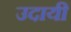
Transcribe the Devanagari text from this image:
उदायी